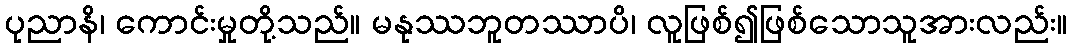
ပုညာနိ၊ ကောင်းမှုတို့သည်။ မနုဿဘူတဿာပိ၊ လူဖြစ်၍ဖြစ်သောသူအားလည်း။